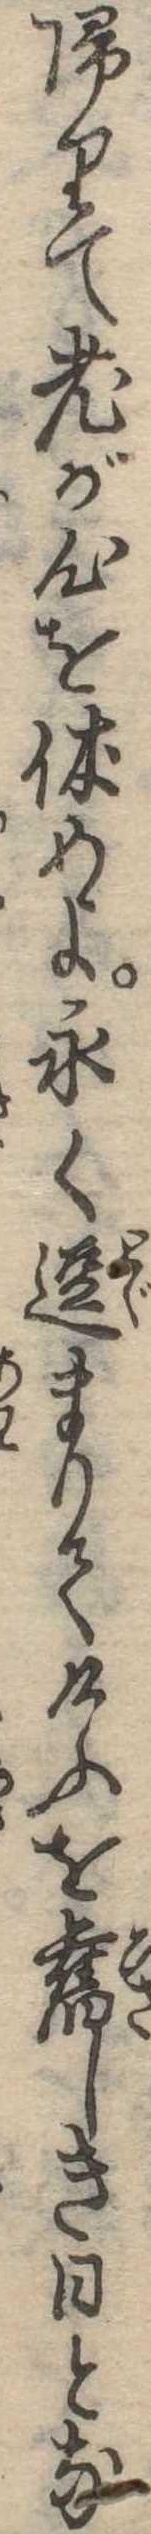
帰りて老が心を休めよ永く逗まりてけふを旧しき日とな